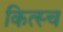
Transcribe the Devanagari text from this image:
कित्स्च